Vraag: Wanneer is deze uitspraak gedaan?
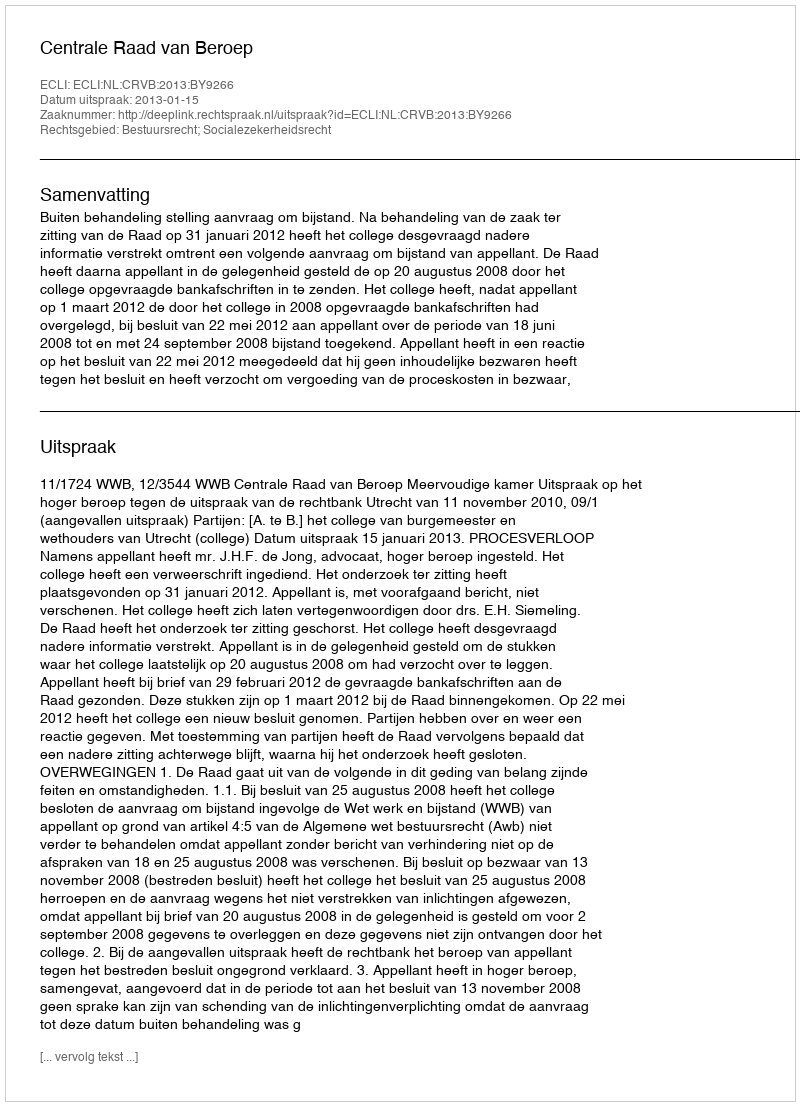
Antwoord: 2013-01-15